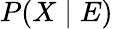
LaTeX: P(X\mid E)